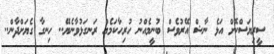
ސީރިޔަސްކޮށް އަޅެ ނާޝް އޭރުވެސް ބުނީމެއްނު ހުރިހާކަމެއް ރަނގަޅުވާނެޔޭ.. ހިނގާ ގެޔަށްދާން..